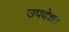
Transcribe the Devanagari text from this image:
उपदेश।